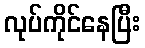
လုပ်ကိုင်နေပြီး